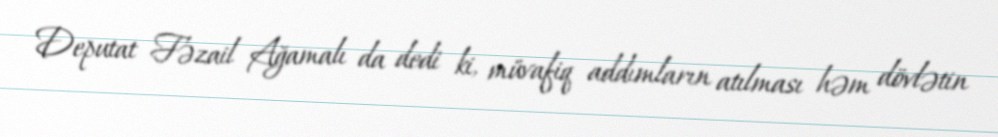
Deputat Fəzail Ağamalı da dedi ki, müvafiq addımların atılması həm dövlətin